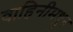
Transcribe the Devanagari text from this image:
वाहिनीमधून